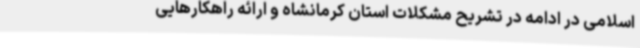
اسلامی در ادامه در تشریح مشکلات استان کرمانشاه و ارائه راهکارهایی